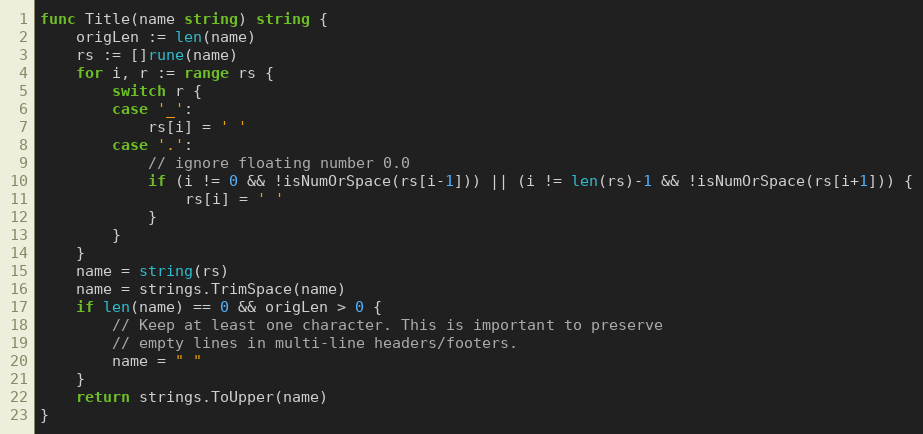
Language: Go
func Title(name string) string {
	origLen := len(name)
	rs := []rune(name)
	for i, r := range rs {
		switch r {
		case '_':
			rs[i] = ' '
		case '.':
			// ignore floating number 0.0
			if (i != 0 && !isNumOrSpace(rs[i-1])) || (i != len(rs)-1 && !isNumOrSpace(rs[i+1])) {
				rs[i] = ' '
			}
		}
	}
	name = string(rs)
	name = strings.TrimSpace(name)
	if len(name) == 0 && origLen > 0 {
		// Keep at least one character. This is important to preserve
		// empty lines in multi-line headers/footers.
		name = " "
	}
	return strings.ToUpper(name)
}